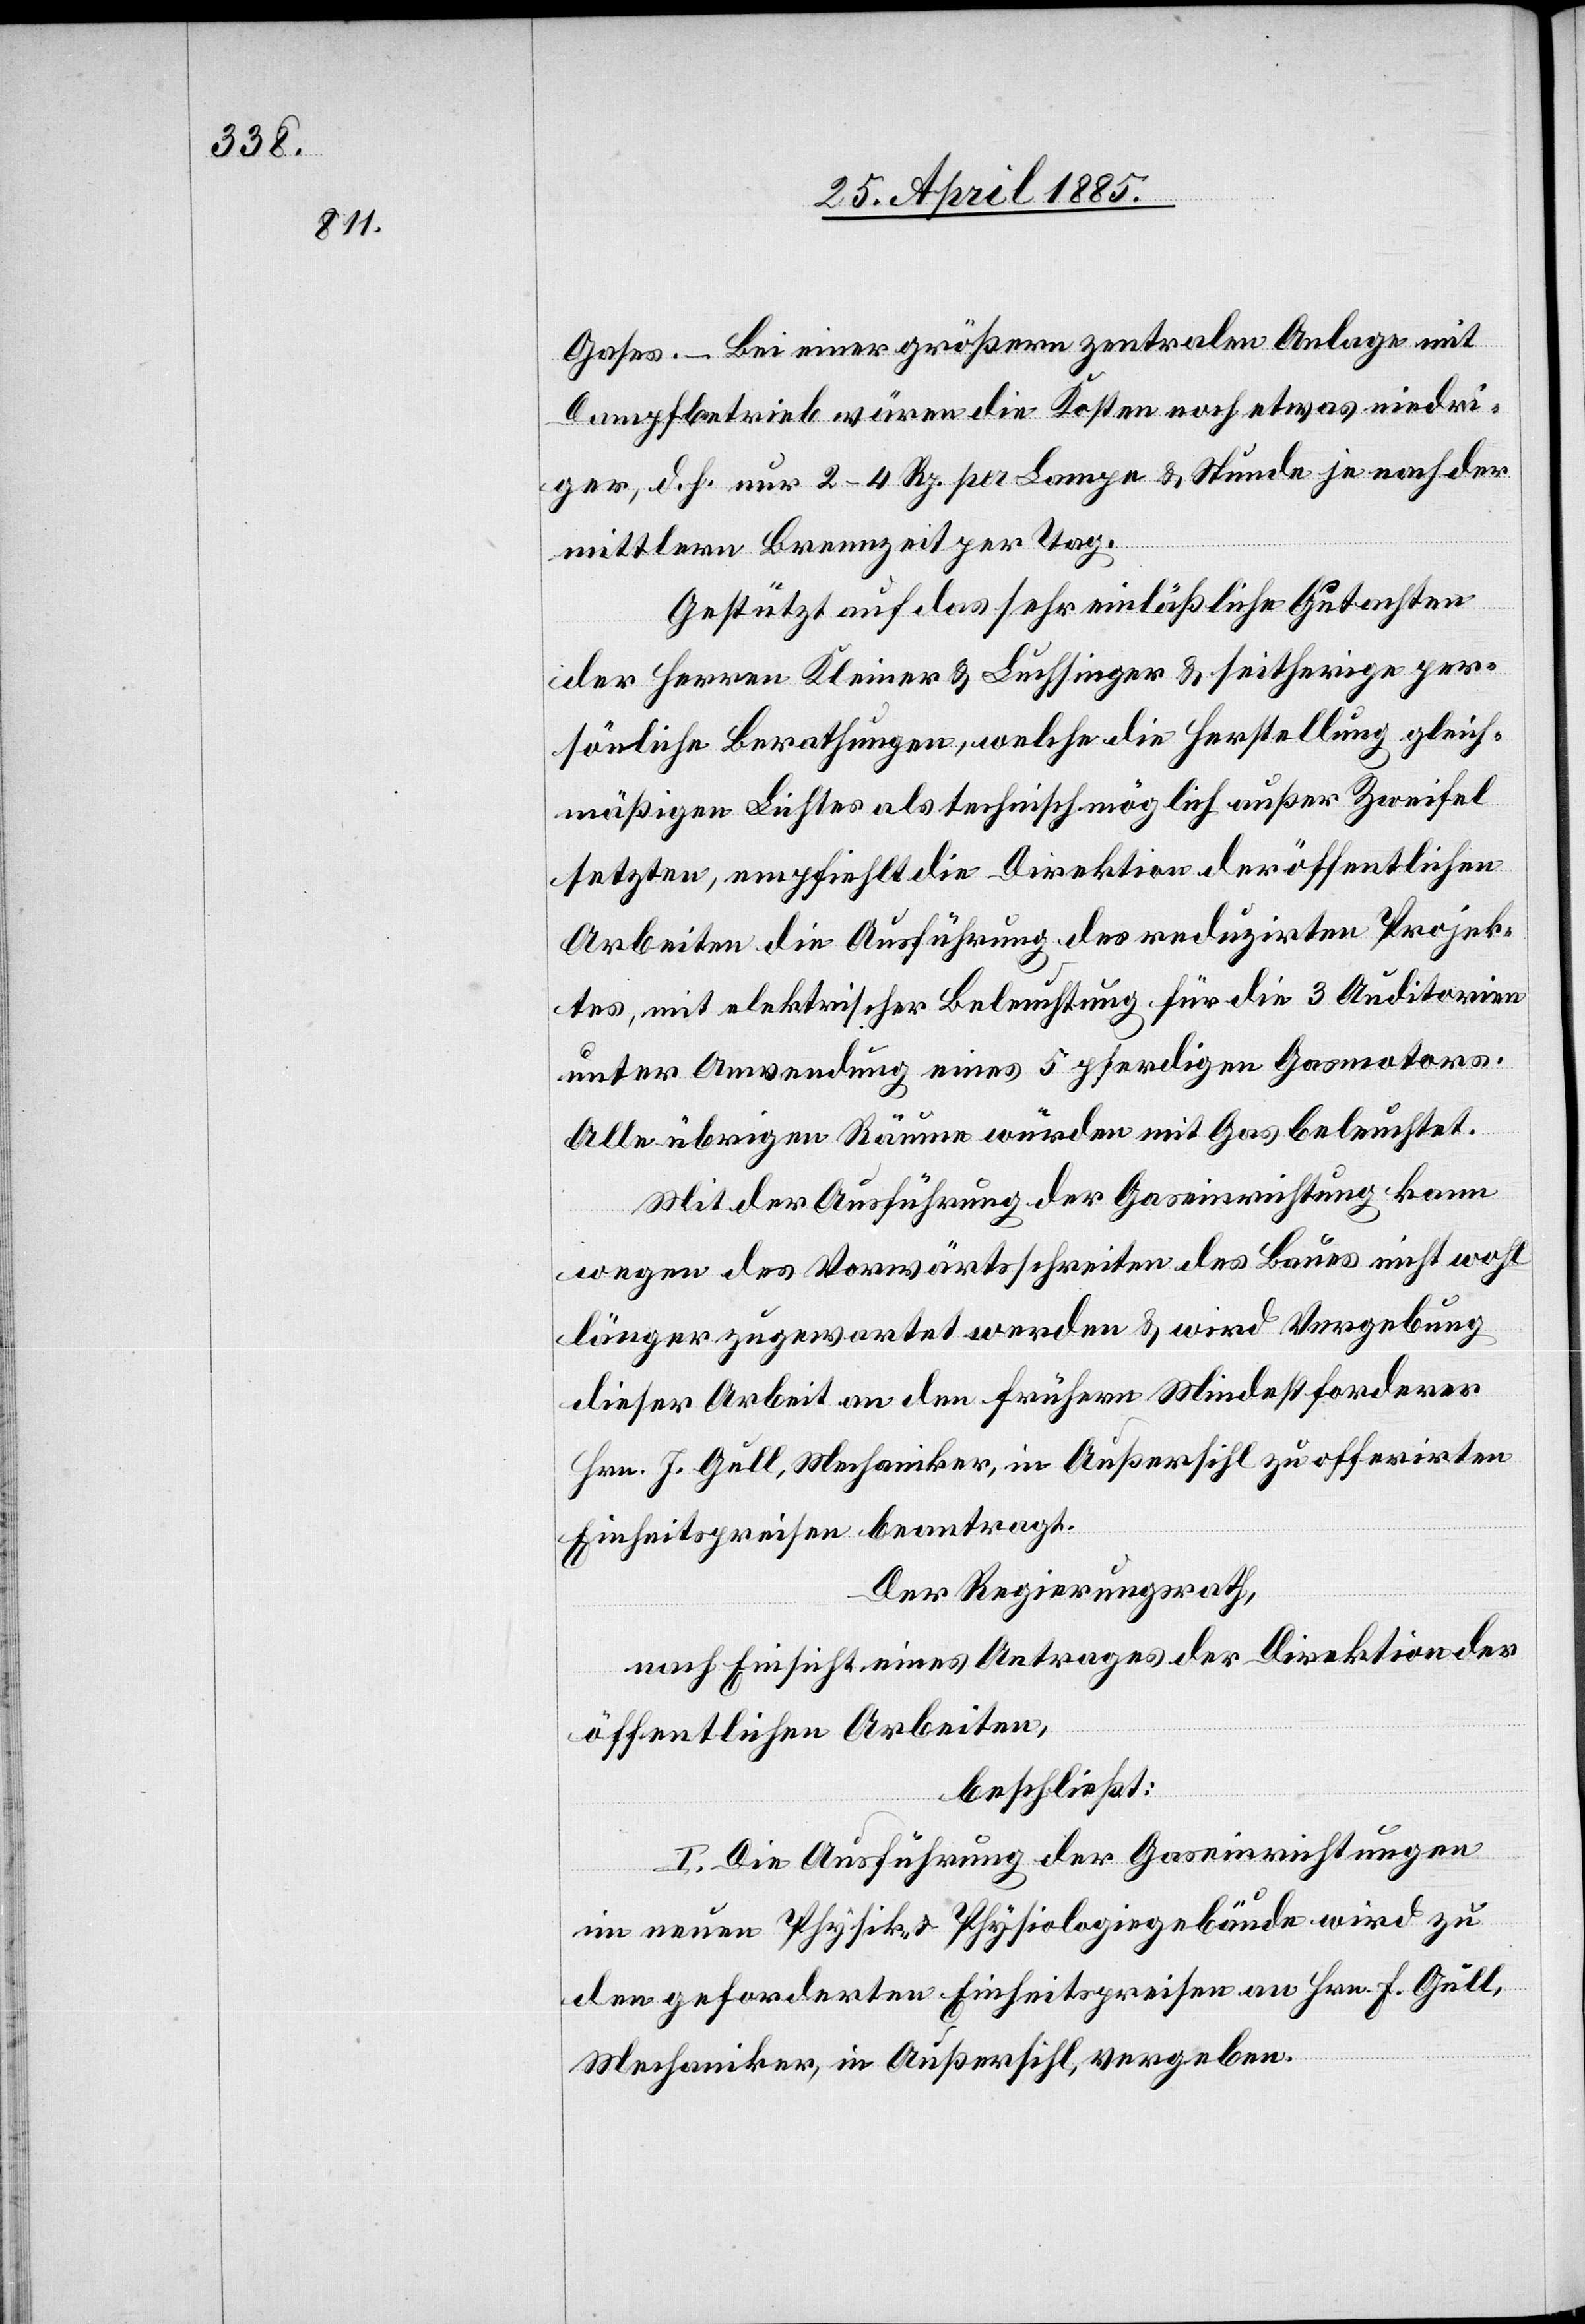
Gases. – Bei einer größern zentralen Anlage mit
Dampfbetrieb wären die Kosten noch etwas niedri¬
ger, doch nur 2–4 Rp. per Lampe & Stunde je nach der
mittlern Brennzeit per Tag.
Gestützt auf das sehr einläßliche Gutachten
der Herren Kleiner & Luchsinger & seitherige per¬
sönliche Berathungen, welche die Herstellung gleich¬
mäßigen Lichtes als technisch möglich außer Zweifel
setzten, empfiehlt die Direktion der öffentlichen
Arbeiten die Ausführung des reduzirten Projek¬
tes, mit elektrischer Beleuchtung für die 3 Auditorien
unter Anwendung eines 5 pferdigen Gasmotors.
Alle übrigen Räume würden mit Gas beleuchtet.
Mit der Ausführung der Gaseinrichtung kann
wegen des Vorwärtsschreiten des Baues nicht wohl
länger zugewartet werden & wird Vergebung
dieser Arbeit an den frühern Mindestforderer
Hrn. J. Gull, Mechaniker, in Außersihl zu offerirten
Einheitspreisen beantragt.
Der Regierungsrath,
nach Einsicht eines Antrages der Direktion der
öffentlichen Arbeiten,
beschließt:
I. Die Ausführung der Gaseinrichtungen
im neuen Physik- & Physiologiegebäude wird zu
den geforderten Einheitspreisen an Hrn. J. Gull,
Mechaniker, in Außersihl, vergeben.